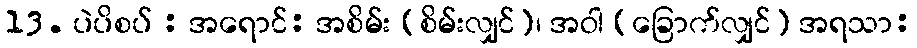
13. ပဲပိစပ် : အရောင်: အစိမ်း (စိမ်းလျှင်)၊ အဝါ (ခြောက်လျှင်) အရသာ: